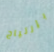
بإرتياح